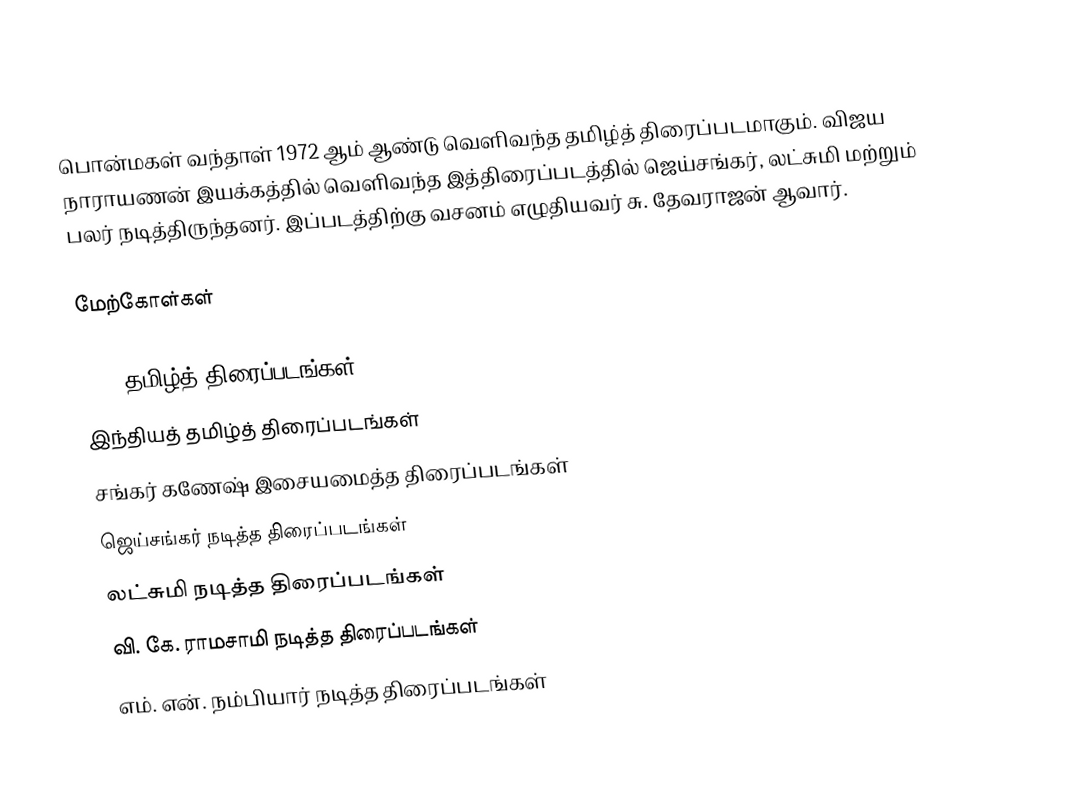
பொன்மகள் வந்தாள் 1972 ஆம் ஆண்டு வெளிவந்த தமிழ்த் திரைப்படமாகும். விஜய நாராயணன் இயக்கத்தில் வெளிவந்த இத்திரைப்படத்தில் ஜெய்சங்கர், லட்சுமி மற்றும் பலர் நடித்திருந்தனர். இப்படத்திற்கு வசனம் எழுதியவர் சு. தேவராஜன் ஆவார்.

மேற்கோள்கள்

1972 தமிழ்த் திரைப்படங்கள்
இந்தியத் தமிழ்த் திரைப்படங்கள்
சங்கர் கணேஷ் இசையமைத்த திரைப்படங்கள்
ஜெய்சங்கர் நடித்த திரைப்படங்கள்
லட்சுமி நடித்த திரைப்படங்கள்
வி. கே. ராமசாமி நடித்த திரைப்படங்கள்
எம். என். நம்பியார் நடித்த திரைப்படங்கள்